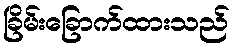
ခြိမ်းခြောက်ထားသည်